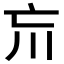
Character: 𡿫